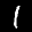
Label: 1